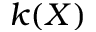
k ( X )